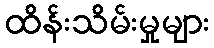
ထိန်းသိမ်းမှုများ